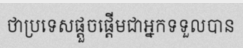
ថាប្រទេសផ្តួចផ្តើមជាអ្នកទទួលបាន